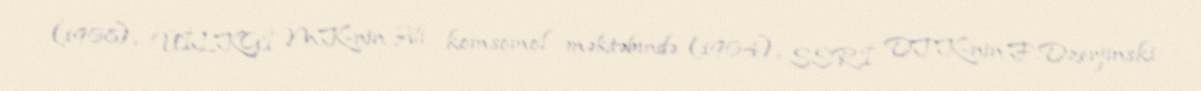
(1968), ÜİLKGİ MK-nin Ali komsomol məktəbində (1964), SSRİ DTK-nin F.Dzerjinski